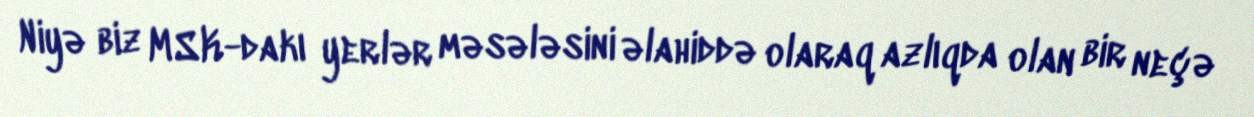
Niyə biz MSK-dakı yerlər məsələsini əlahiddə olaraq azlıqda olan bir neçə